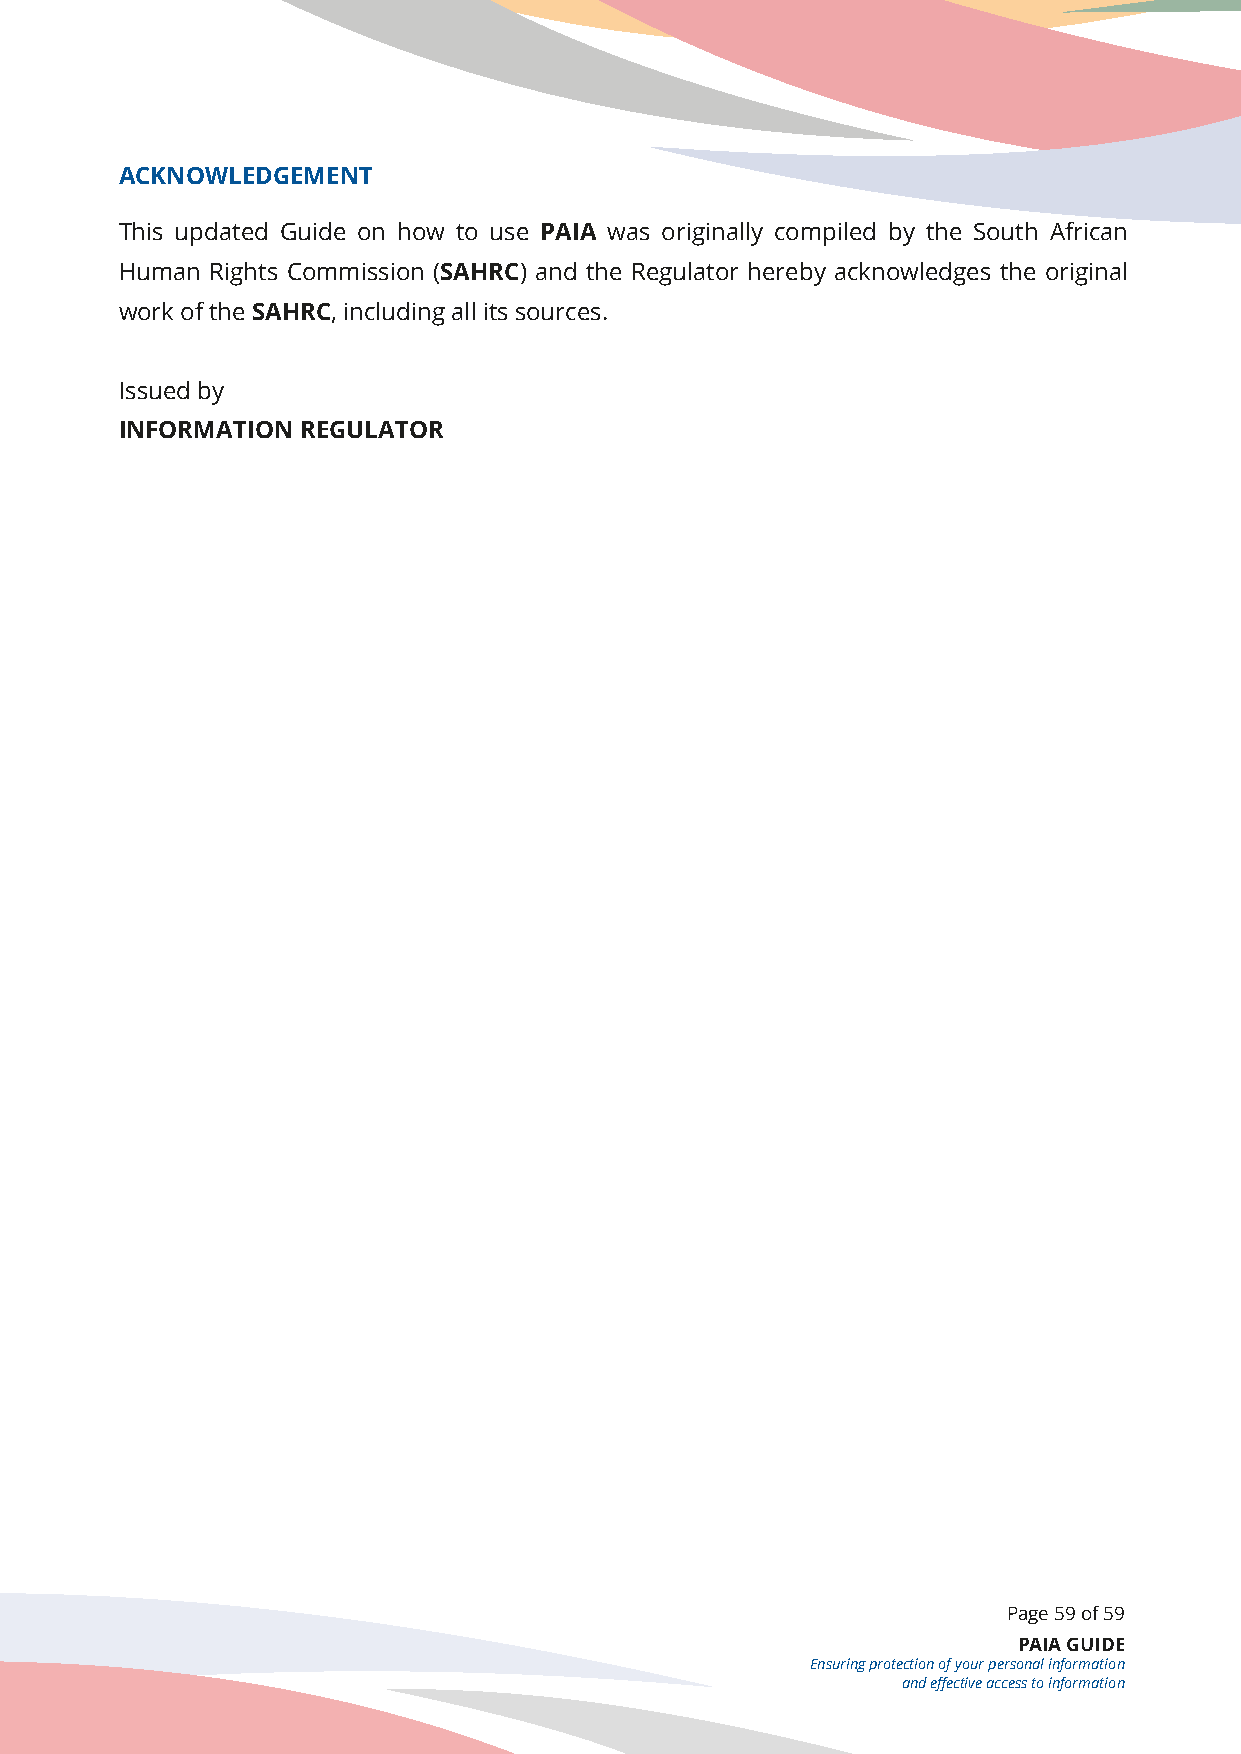
ACKNOWLEDGEMENT
 This updated Guide on how to use PAIA was originally compiled by the South African
 Human Rights Commission (SAHRC) and the Regulator hereby acknowledges the original
 work of the SAHRC, including all its sources.
 Issued by
 INFORMATION REGULATOR
 Page 59 of 59
 PAIA GUIDE
 Ensuring protection of your personal information
 and effective access to information